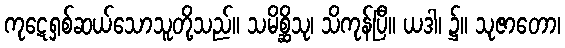
ကုဋေရှစ်ဆယ်သောသူတို့သည်။ သမိစ္ဆိသု၊ သိကုန်ပြီ။ ယဒါ၊ ၌။ သုဇာတော၊